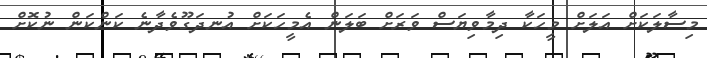
މިސާލަކަށް އަލަށް މީހަކާ ދިމާވިޔަސް ވަރަށް ބަލަން އެމީހަކަށް އުނދަގޫވެދާނެ ކަންކަން ނުކޮށް